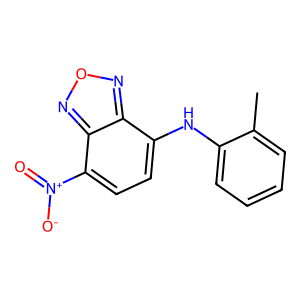
SMILES: Cc1ccccc1Nc1ccc([N+](=O)[O-])c2nonc12
Inhibits HIV replication: No